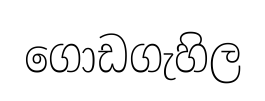
ගොඩගැහිල